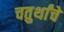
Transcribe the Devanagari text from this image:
चतुर्थांचे